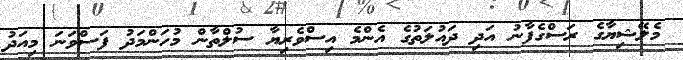
މެލޭޝިޔާގެ ރަސްގެފާނު އަދި ދައުލަތުގެ އެންމެ އިސްވެރިޔާ ސުލްތާން މުހަންމަދު ފަސްވަނަ މިއަދު